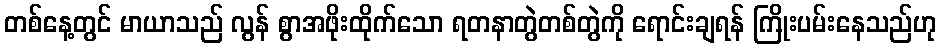
တစ်နေ့တွင် မာယာသည် လွန် စွာအဖိုးထိုက်သော ရတနာတွဲတစ်တွဲကို ရောင်းချရန် ကြိုးပမ်းနေသည်ဟု